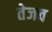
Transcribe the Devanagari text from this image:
तेजच